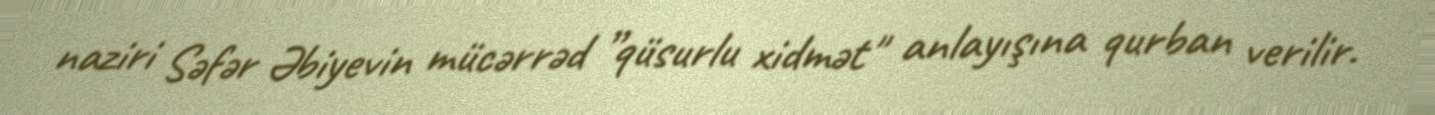
naziri Səfər Əbiyevin mücərrəd ”qüsurlu xidmət" anlayışına qurban verilir.